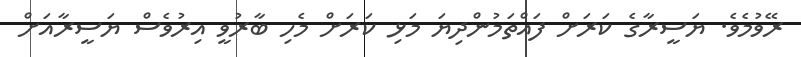
ރޭވުމެވެ. ޔަސީރާގެ ކަރަށް ފައްތަމުންދިޔަ މަޅި ކަރަށް މެހި ބާރުވީ އިރުވެސް ޔަސީރާއަށް